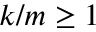
k / m \ge 1